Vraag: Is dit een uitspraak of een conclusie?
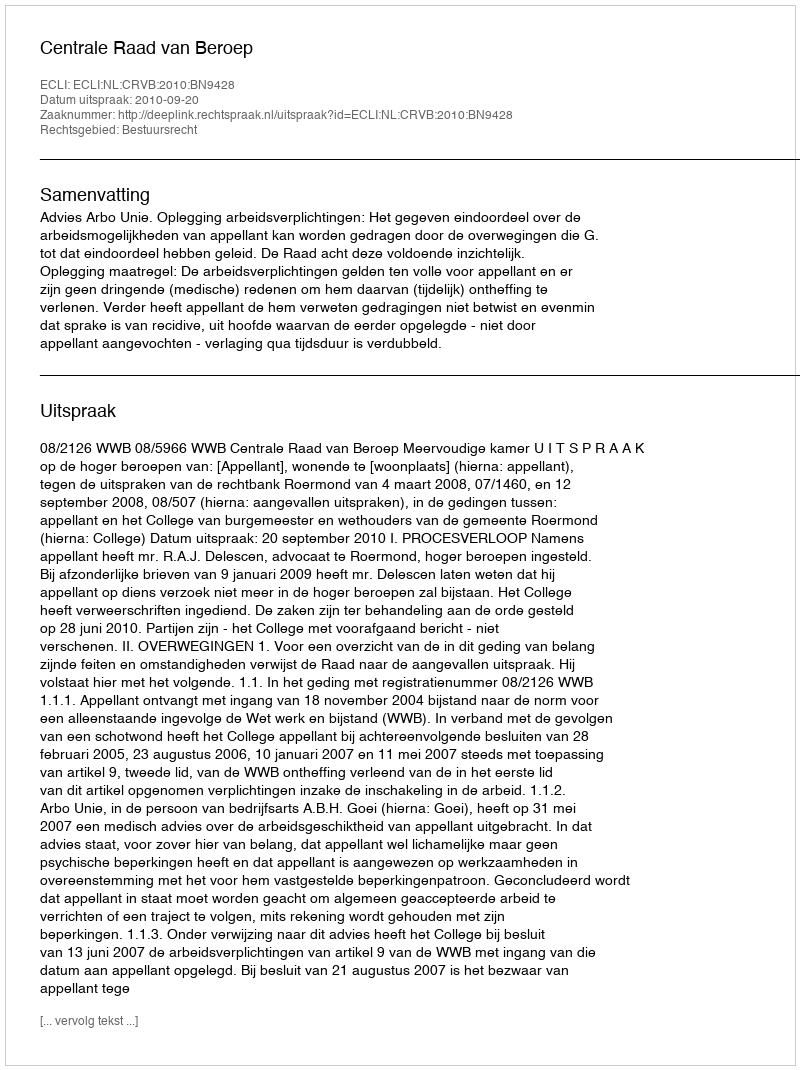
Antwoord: Uitspraak